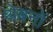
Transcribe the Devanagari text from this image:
थेबनों